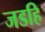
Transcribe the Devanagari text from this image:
जडहि